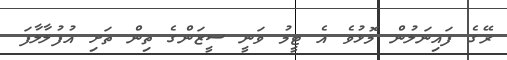
ރޭގެ ފައިނަލުން މޮޅުވެ އެ ޓީމު ވަނީ ސީޒަންގެ ތިން ތަށި އުފުލާލާފަ